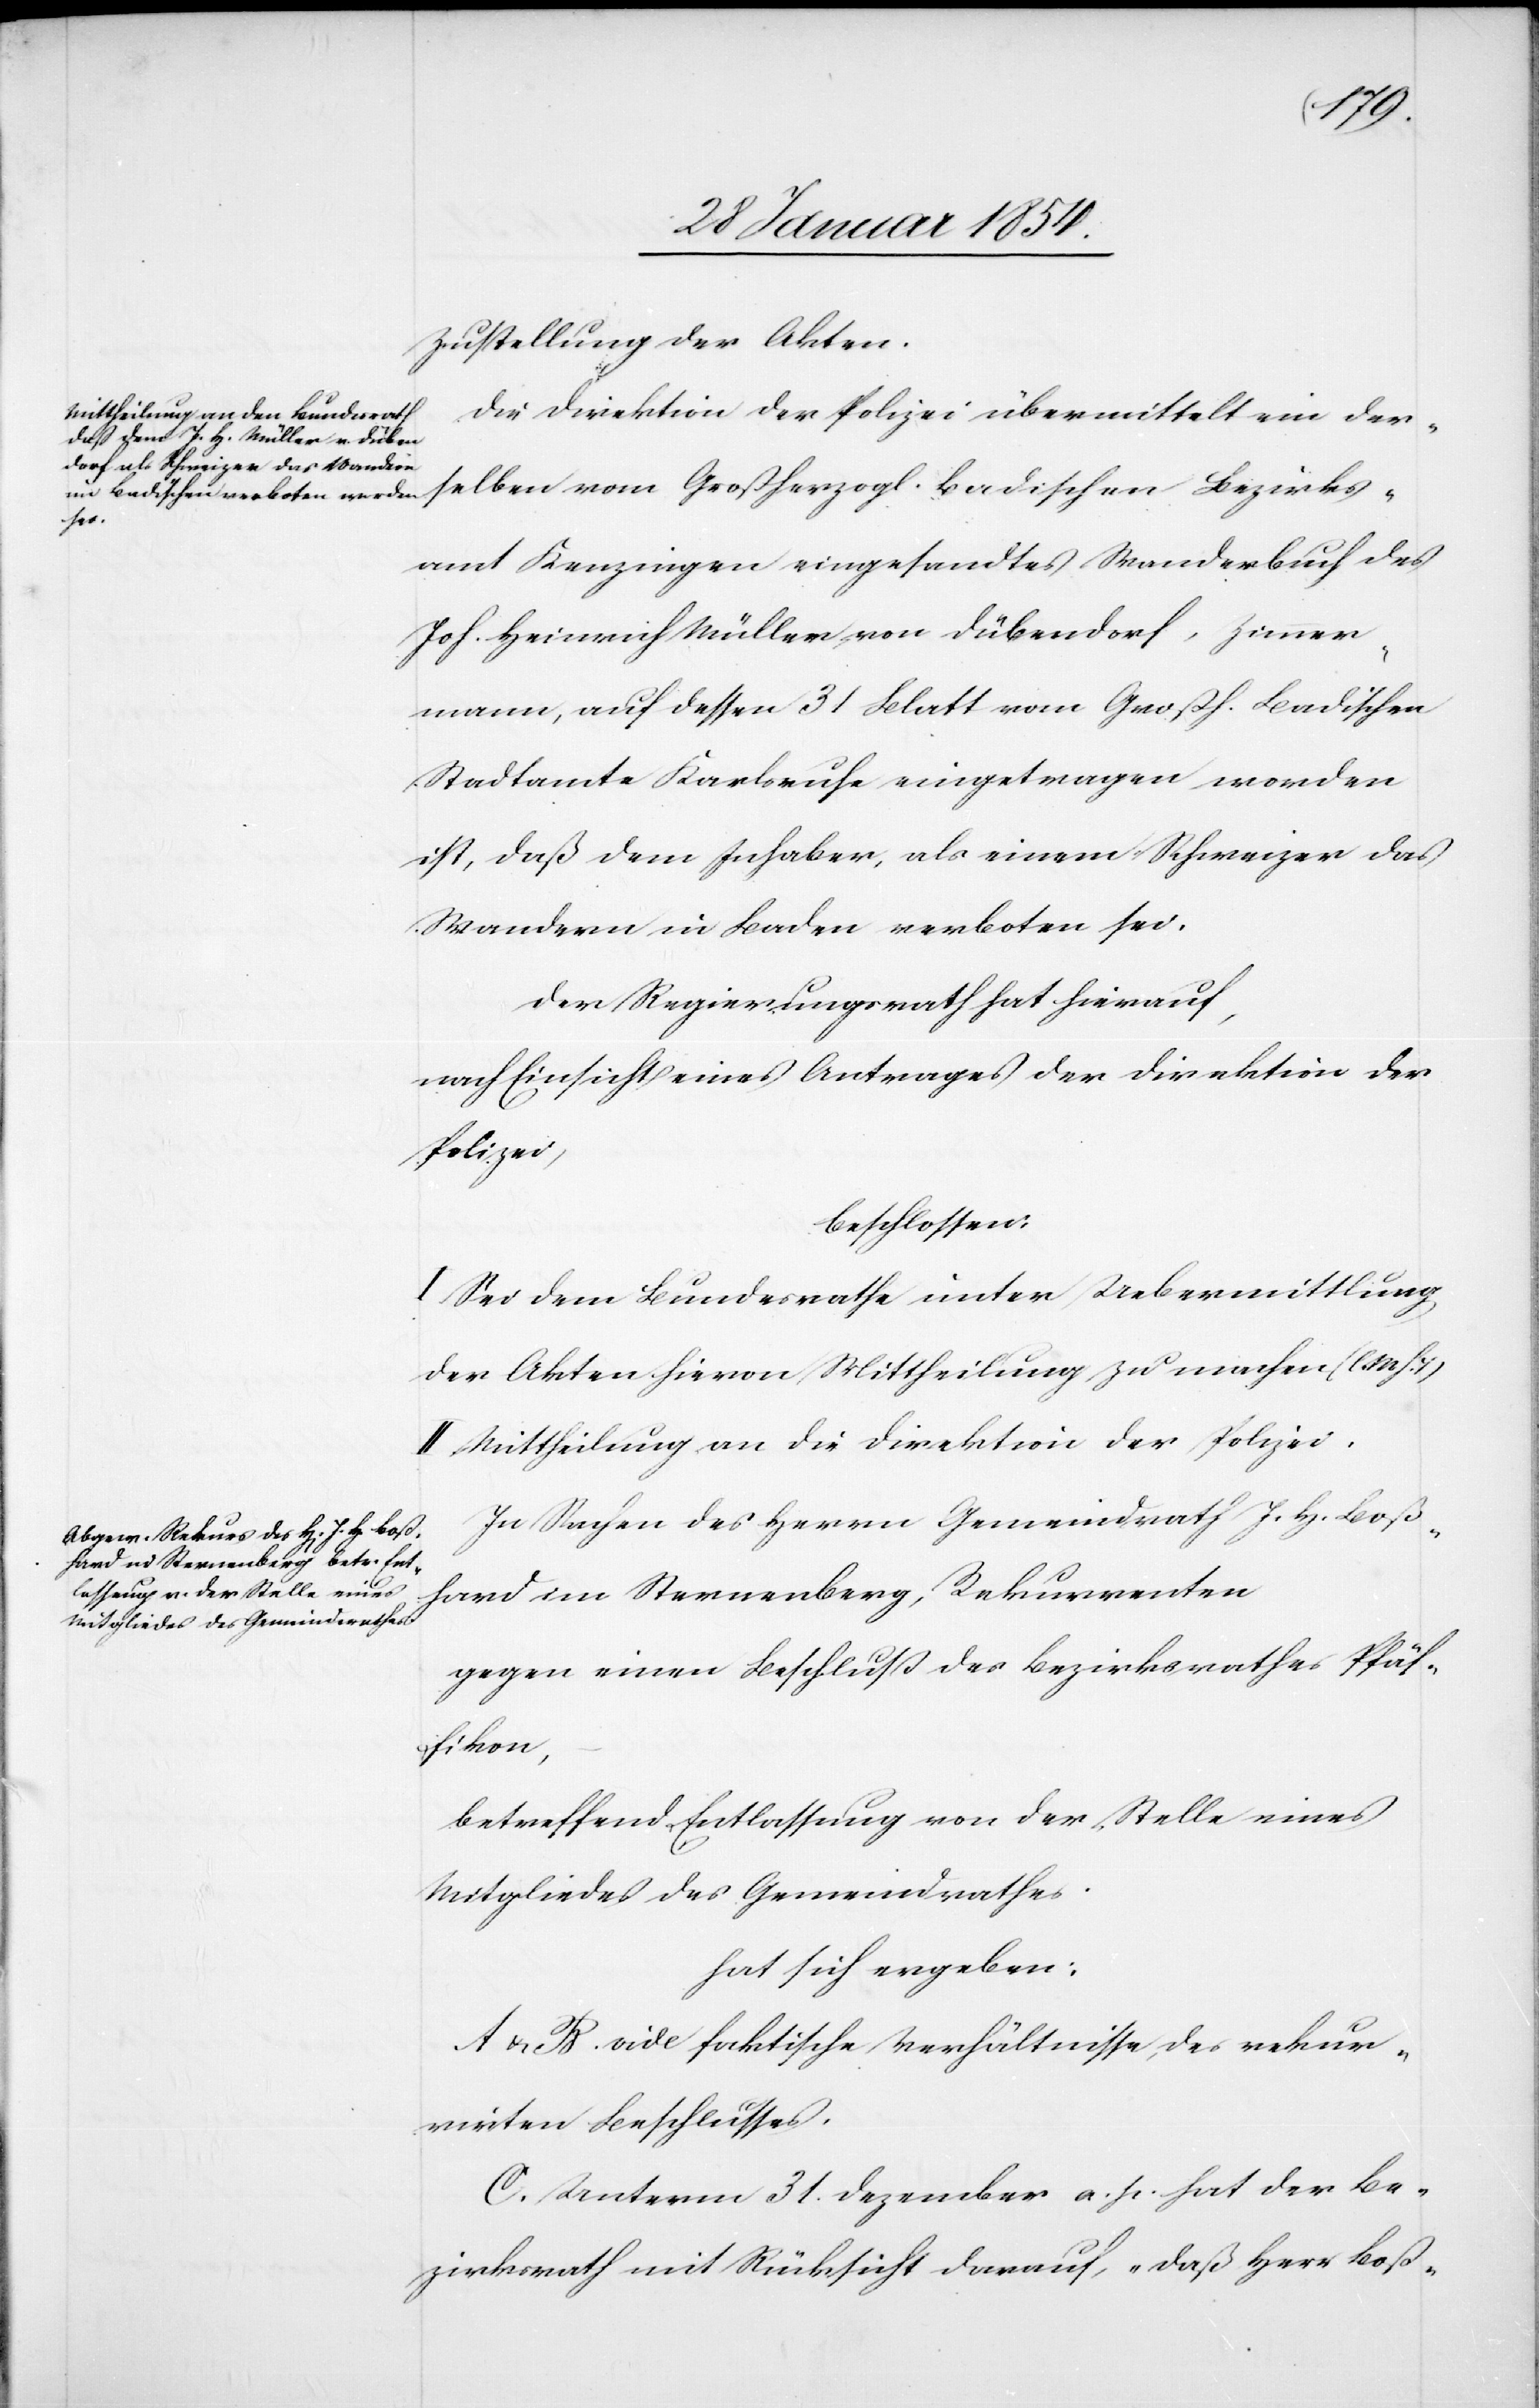
h.
Zustellung der Akten.
Die Direktion der Polizei übermittelt ein der¬
selben vom Großherzogl. Badischen Bezirks¬
amt Kenzingen eingesandtes Wanderbuch des
Joh. Heinrich Müller von Dübendorf, Zimmer¬
mann, auf dessen 31 Blatt vom Grossh. Badischen
Stadtamte Karlsruhe eingetragen worden
ist, daß dem Inhaber, als einem Schweizer das
Wandern in Baden verboten sei.
Der Regierungsrath hierauf,
nach Einsicht eines Antrages der Direktion der
Polizei,
beschlossen:
I. Sei dem Bundesrathe unter Uebermittlung
der Akten hievon Mittheilung zu machen (l.
II. Mittheilung an die Direktion der Polizei.
In Sachen des Herrn Gemeindrath J. H. Boß¬
hard im Sternenberg, Rekurrenten
gegen einen Beschluß des Bezirksrathes Pfäf¬
fikon,
betreffend Entlassung von der Stelle eines
Mitgliedes des Gemeindrathes
hat sich ergeben:
A u. B. vide faktische Verhältnisse, des rekur¬
rirten Beschlusses.
C. Unterm 31 Dezember a. p. hat der Be¬
zirksrath mit Rücksicht darauf, „daß Herr Boß-